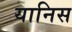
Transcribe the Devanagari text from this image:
यानिस